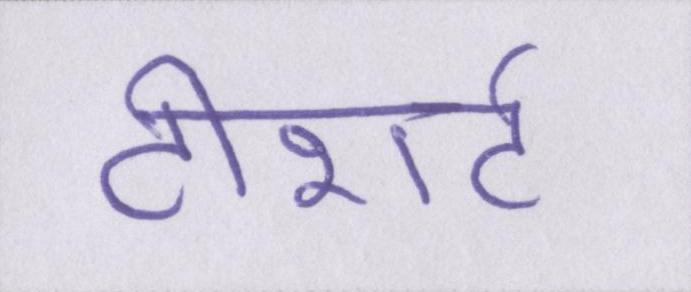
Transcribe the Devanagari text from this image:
टीशर्ट